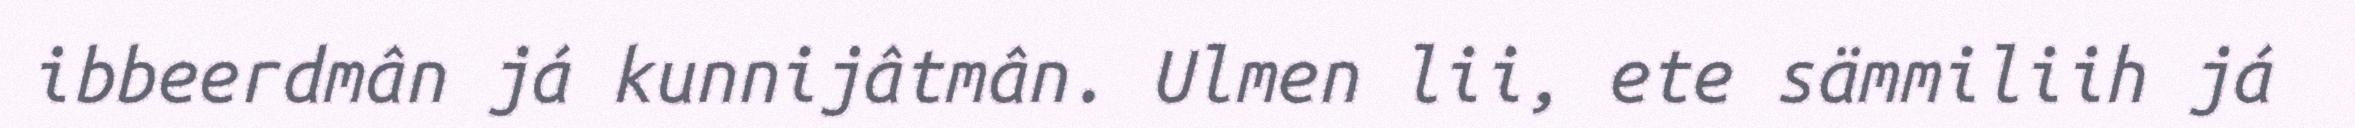
ibbeerdmân já kunnijâtmân. Ulmen lii, ete sämmiliih já